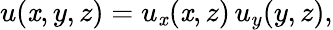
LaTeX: u(\mathit{x},y,z)=u_{\mathit{x}}(\mathit{x},z)\, u_{y}(y,z),